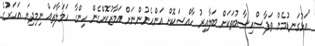
"އަޅުގަނޑުމެން ތަފާސްހިސާބުތަކަށް ބަލާއިރު ހާއްސަކޮށް އަންހެނުންނަށް އަމާޒުކޮށްގެން ހިންގާ ހަމަލާތައް ނިމިދިޔަ އަހަރުގެ